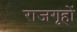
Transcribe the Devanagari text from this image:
राजगृहों